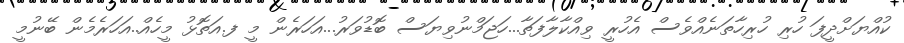
ކުއްޔަށްދީފަ ހުރި ހުރިހާތަނެއްވެސް އެހުރީ ވިއްކާލާފަތާ...ހަޖަމްނުވިޔަސް ބޮޑުވަރު...އަހަރެން މީ ފ.އަތޮޅު މީހެއް..އަހަރެމެން ބޭނުމީ